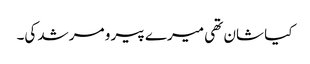
کیا شان تھی میرے پیر و مرشد کی۔